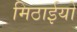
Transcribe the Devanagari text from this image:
मिठाईयो